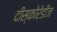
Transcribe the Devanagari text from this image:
दीस्कोरेडीज